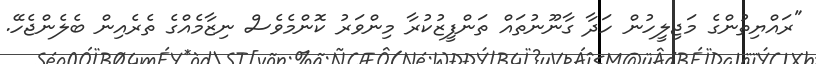
"ރައްޔިތުންގެ މަޖިލީހުން ހަދާ ގާނޫނުތައް ތަންފީޒުކުރާ މިންވަރު ކޮންމެވެސް ނިޒާމެއްގެ ތެރެއިން ބެލެންޖެހޭ.